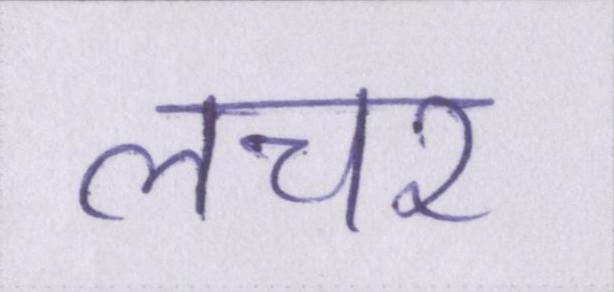
लचर